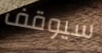
سيوقف